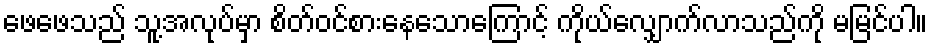
ဖေဖေသည် သူ့အလုပ်မှာ စိတ်ဝင်စားနေသောကြောင့် ကိုယ်လျှောက်လာသည်ကို မမြင်ပါ။